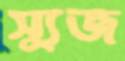
স্যুজ